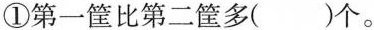
①第一筐比第二筐多( )个。